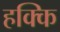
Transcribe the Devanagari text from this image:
हक्कि